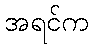
အရင်က